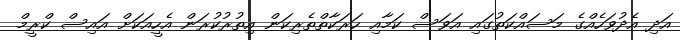
އަދި އެދުވަހެއްގެ މަސައްކަތުގައި އަވަސް ކަމާއި ހަރަކާތްތެރިކަން އިތުރުކުރަން އެހީއަކަށް އައިސް ކްރީމް